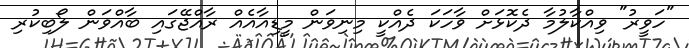
"ހަވީރު" ވިއްކާލުމާ ދެކޮޅަށް ވާހަކަ ދެއްކީ މިނިވަން މީޑިއާއެއް ރާއްޖޭގައި ބާއްވަން ލޯބިކުރި